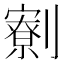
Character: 𠠙